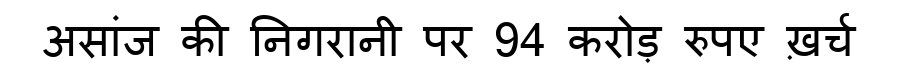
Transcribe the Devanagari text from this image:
असांज की निगरानी पर 94 करोड़ रुपए ख़र्च